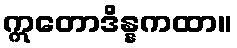
ဣတောဒိန္နကထာ။